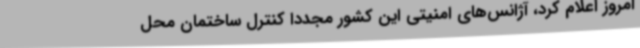
امروز اعلام کرد، آژانس‌های امنیتی این کشور مجددا کنترل ساختمان محل